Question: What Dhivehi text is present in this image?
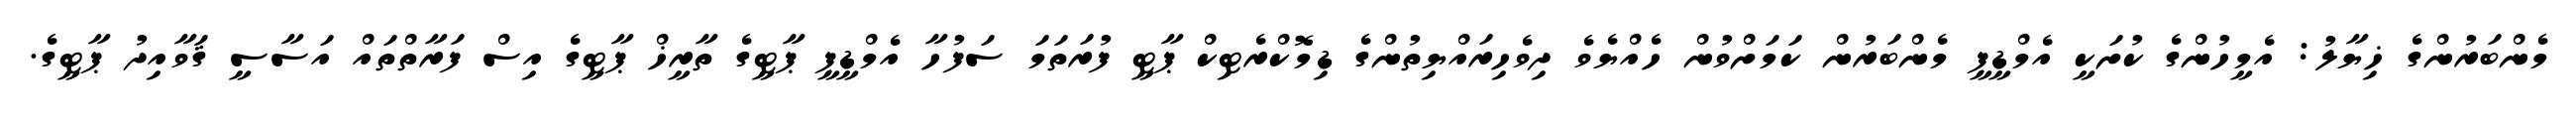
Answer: މެންބަރުންގެ ޚިޔާލު: އެމީހުންގެ ކުށަކީ އެމްޑީޕީ މެންބަރުން ކަމަށްވުން ހެއްޔެވެ ދިވެހިރައްޔިތުންގެ ޑިމޮކްރެޓިކް ޕާޓީ ފުރަތަމަ ސަފުހާ އެމްޑީޕީ ޕާޓީގެ ތާރީޚް ޕާޓީގެ އިސް ފަރާތްތައް އަސާސީ ޤަވާއިދު ޕާޓީގެ.